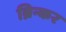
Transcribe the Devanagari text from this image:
ब्रिन्कर